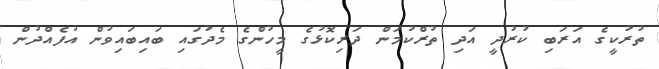
ތުރުކީގެ އަރަބި ކުރުދީ އަދި ތުރްކުމަން ދަރިކޮޅުގެ މީހުންގެ މެދުގައި ބައިބައިވުން އުފެއްދުން